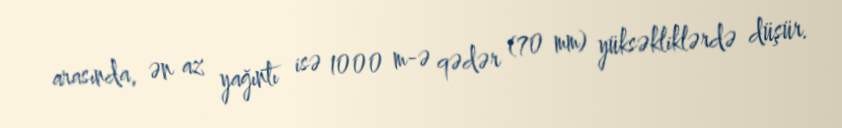
arasında, ən az yağıntı isə 1000 m-ə qədər (70 mm) yüksəkliklərdə düşür.